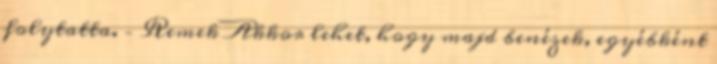
folytatta. – Remek Akkor lehet, hogy majd benézek, egyébként